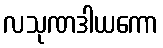
လသုဏဒါယကော